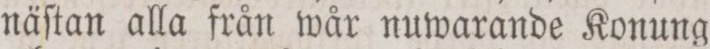
näſtan alla från wår nuwarande Konung